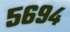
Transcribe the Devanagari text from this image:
५६९४